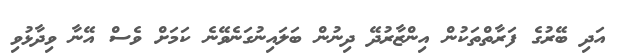
އަދި ބޭރުގެ ފަރާތްތަކުން އިންޒާރުދޭ ދިނުން ބަލައިނުގަނެވޭނެ ކަމަށް ވެސް އޭނާ ވިދާޅުވި